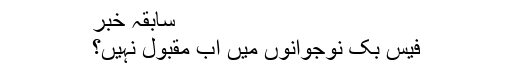
سابقہ خبر
فیس بک نوجوانوں میں اب مقبول نہیں؟